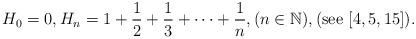
LaTeX: \begin{align*}H_{0}=0,H_{n}=1+\frac{1}{2}+\frac{1}{3}+\cdots+\frac{1}{n},(n\in\mathbb{N}),(\mathrm{see}\ [4,5,15]).\end{align*}